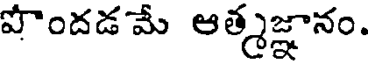
పొందడమే ఆత్మజ్ఞానం.